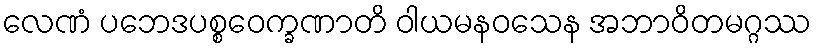
လေဏံ ပဘေဒပစ္စဝေက္ခဏာတိ ဝါယမနဝသေန အဘာဝိတမဂ္ဂဿ